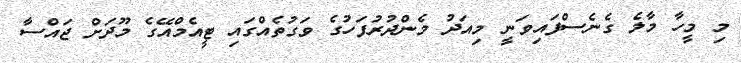
މި މީހާ މާލެ ގެނެސްފައިވަނީ މިއަދު މެންދުރުފަހުގެ ވަގުތެއްގައި ޓީއެމްއޭގެ މޫދަށް ޖައްސާ